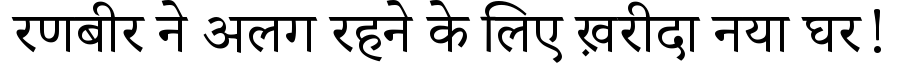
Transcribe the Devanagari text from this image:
रणबीर ने अलग रहने के लिए ख़रीदा नया घर!